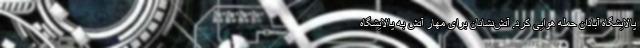
پالایشگاه آبادان حمله هوایی کرد. آتش‌نشانان برای مهار آتش به پالایشگاه